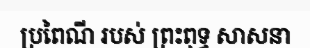
ប្រពៃណី របស់ ព្រះពុទ្ធ សាសនា